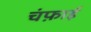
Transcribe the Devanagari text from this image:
चंफ़ाई